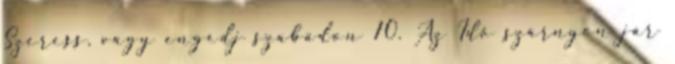
Szeress, vagy engedj szabadon 10. Az Idő szárnyon jár